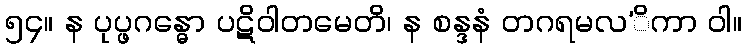
၅၄။ န ပုပ္ဖဂန္ဓော ပဋိဝါတမေတိ၊ န စန္ဒနံ တဂရမလ’ိကာ ဝါ။